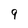
Character: 9